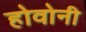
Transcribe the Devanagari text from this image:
होवोनी